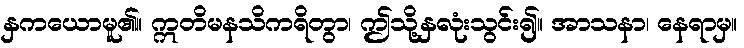
နှကယောမူ၏။ ဣတိမနသိကရိတွာ၊ ဤသို့နှလုံးသွင်း၍။ အာသနာ၊ နေရာမှ။